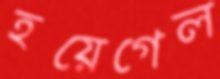
হয়েগেল